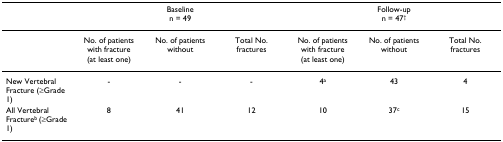
<table><thead><tr><td></td><td colspan="3"><b>Baselinen = 49</b></td><td colspan="3"><b>Follow-upn = 47<sup>†</sup></b></td></tr></thead><tbody><tr><td></td><td>No. of patients with fracture(at least one)</td><td>No. of patients without</td><td>Total No. fractures</td><td>No. of patients with fracture(at least one)</td><td>No. of patients without</td><td>Total No. fractures</td></tr><tr><td>New Vertebral Fracture (≥Grade 1)</td><td>-</td><td>-</td><td>-</td><td>4<sup>a</sup></td><td>43</td><td>4</td></tr><tr><td>All Vertebral Fracture<sup>b </sup>(≥Grade 1)</td><td>8</td><td>41</td><td>12</td><td>10</td><td>37<sup>c</sup></td><td>15</td></tr></tbody></table>